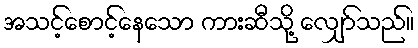
အသင့်စောင့်နေသော ကားဆီသို့ လျှော်သည်။